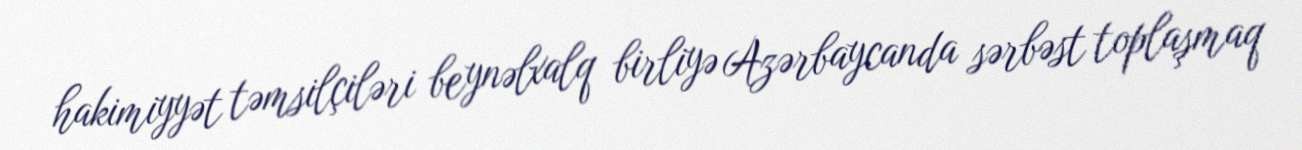
hakimiyyət təmsilçiləri beynəlxalq birliyə Azərbaycanda sərbəst toplaşmaq